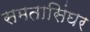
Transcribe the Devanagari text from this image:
समतासिंघर